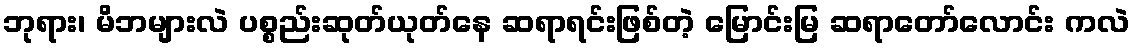
ဘုရား၊ မိဘများလဲ ပစ္စည်းဆုတ်ယုတ်နေ ဆရာရင်းဖြစ်တဲ့ မြောင်းမြ ဆရာတော်လောင်း ကလဲ